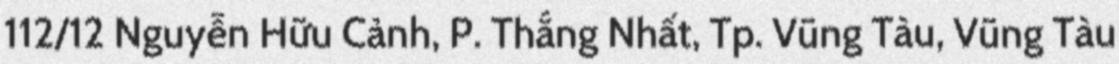
112/12 Nguyễn Hữu Cảnh, P. Thắng Nhất, Tp. Vũng Tàu, Vũng Tàu